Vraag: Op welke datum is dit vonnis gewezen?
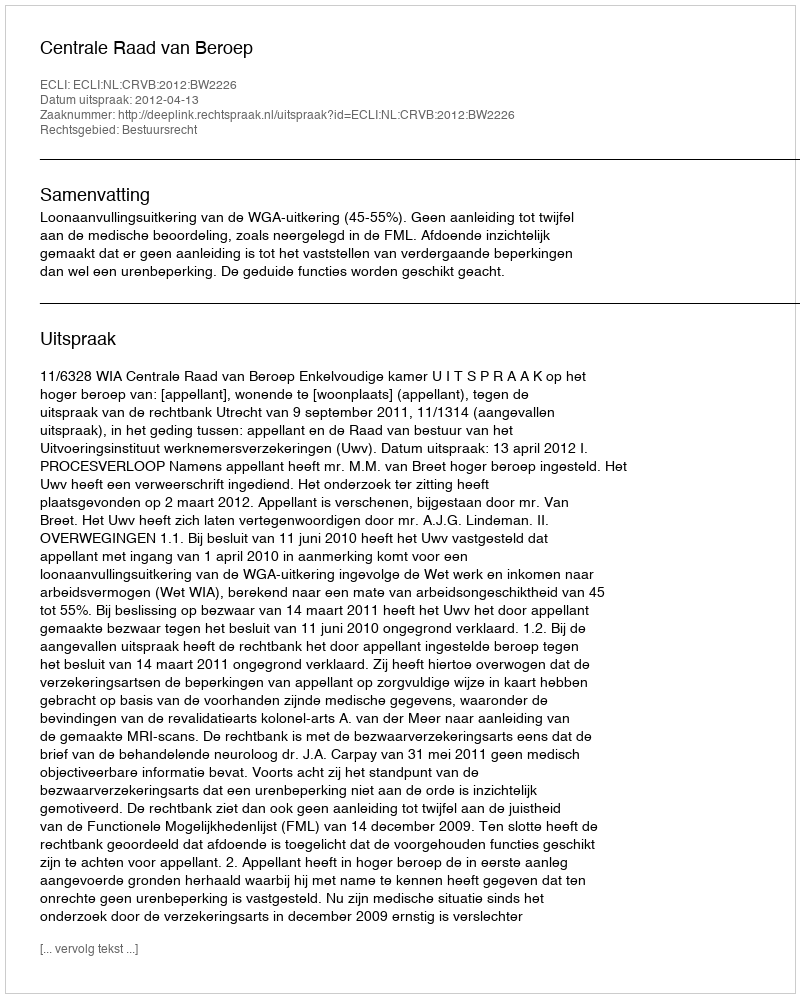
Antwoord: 2012-04-13